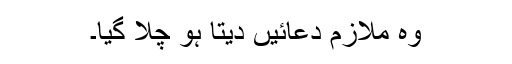
وہ ملازم دعائیں دیتا ہو چلا گیا۔